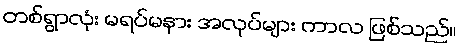
တစ်ရွာလုံး မရပ်မနား အလုပ်များ ကာလ ဖြစ်သည်။